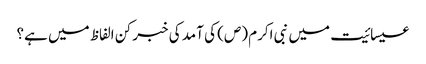
عیسائیت میں نبی اکرم (ص) کی آمد کی خبر کن الفاظ میں‌ ہے؟